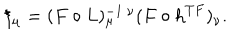
\xi _ { \mu } = ( F \circ L ) _ { \mu } ^ { - 1 \ \nu } ( F \circ h ^ { T F } ) _ { \nu } .